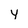
Character: y